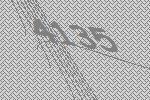
4135